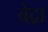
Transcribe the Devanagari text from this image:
बेद्रा